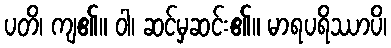
ပတိ၊ ကျ၏။ ဝါ၊ ဆင်မှဆင်း၏။ မာရပရိဿာပိ၊